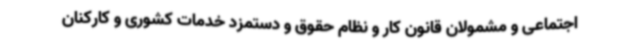
اجتماعی و مشمولان قانون کار و نظام حقوق و دستمزد خدمات کشوری و کارکنان